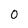
Character: 0